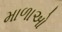
માળાઓ